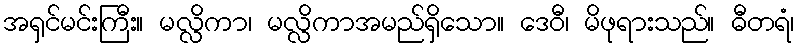
အရှင်မင်းကြီး။ မလ္လိကာ၊ မလ္လိကာအမည်ရှိသော။ ဒေဝီ၊ မိဖုရားသည်။ ဓီတရံ၊